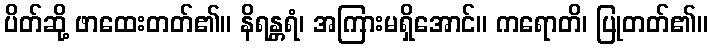
ပိတ်ဆို့ ဖာထေးတတ်၏။ နိရန္တရံ၊ အကြားမရှိအောင်။ ကရောတိ၊ ပြုတတ်၏။